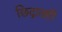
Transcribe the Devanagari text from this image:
छिद्रातही